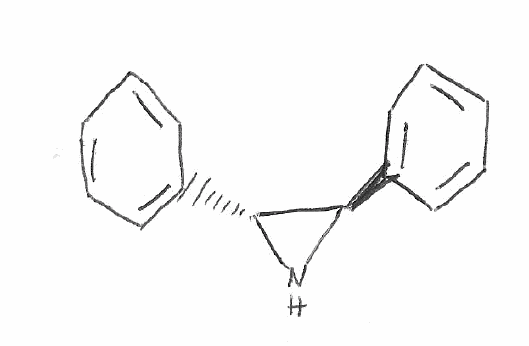
Simplified molecular-input line-entry system (SMILES) notation of the given molecule:
C1=CC=C(C=C1)[C@@H]2[C@H](N2)C3=CC=CC=C3